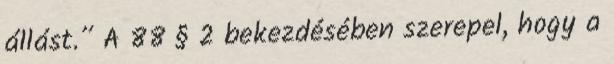
állást.” A 88 § 2 bekezdésében szerepel, hogy a